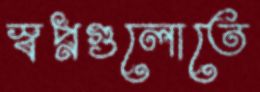
স্বপ্নগুলোতে